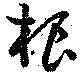
桹